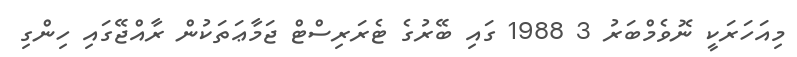
މިއަހަރަކީ ނޮވެމްބަރު 3 1988 ގައި ބޭރުގެ ޓެރަރިސްޓް ޖަމާޢަތަކުން ރާއްޖޭގައި ހިންގި